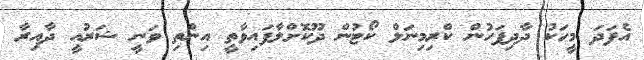
އެފަދަ މީހަކު ދާދިފަހުން ކްރިމިނަލް ކޯޓުން ދޫކޮށްލާފައިވާތީ އިންތި ވަނީ ޝަރުއީ ދާއިރާ